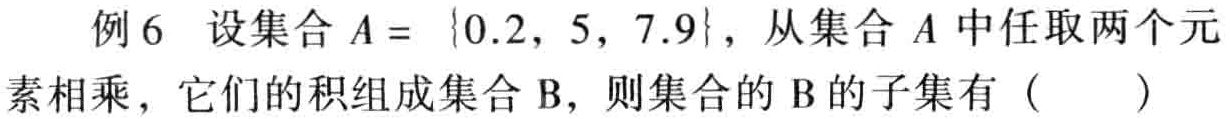
例6 设集合\(A = \{0.2, 5, 7.9\}\)，从集合\(A\)中任取两个元素相乘，它们的积组成集合\(B\)，则集合的\(B\)的子集有（  ）